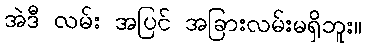
အဲဒီ လမ်း အပြင် အခြားလမ်းမရှိဘူး။